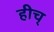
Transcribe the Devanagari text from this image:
हीच्